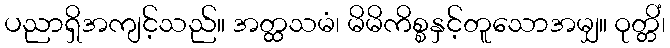
ပညာရှိအကျင့်သည်။ အတ္ထသမံ၊ မိမိကိစ္စနှင့်တူသောအမျှ။ ဝုတ္တိံ၊